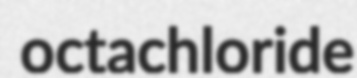
octachloride